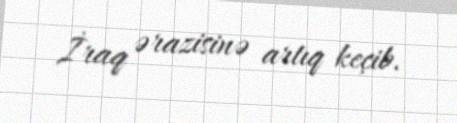
İraq ərazisinə artıq keçib.